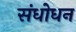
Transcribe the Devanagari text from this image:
संधोधन